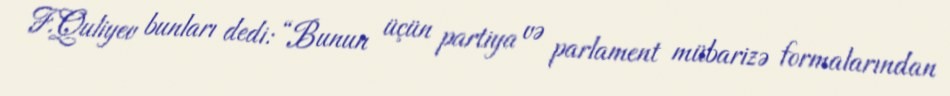
F.Quliyev bunları dedi: “Bunun üçün partiya və parlament mübarizə formalarından